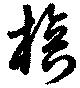
棒